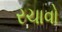
રચાવો